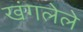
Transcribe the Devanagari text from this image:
खंगलेले